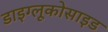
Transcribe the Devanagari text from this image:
डाइग्लूकोसाइड